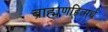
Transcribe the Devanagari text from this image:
ब्राह्मणहितार्थ